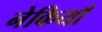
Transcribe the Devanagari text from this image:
नेकियाँ